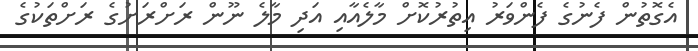
އެގޮތުން ފެނުގެ ފެންވަރު އިތުރުކޮށް މާލެއާއި އަދި މާލެ ނޫން ރަށްރަށުގެ ރަށްތަކުގެ